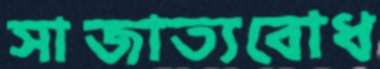
সাজাত্যবোধ